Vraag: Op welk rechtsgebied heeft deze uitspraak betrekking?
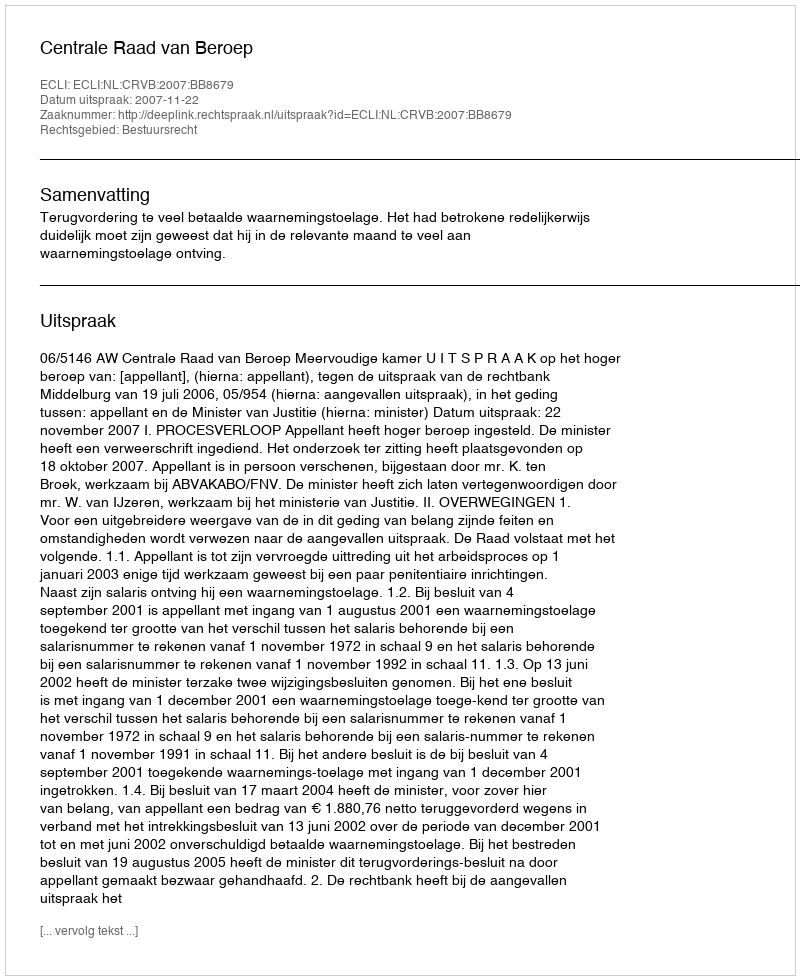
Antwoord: Bestuursrecht